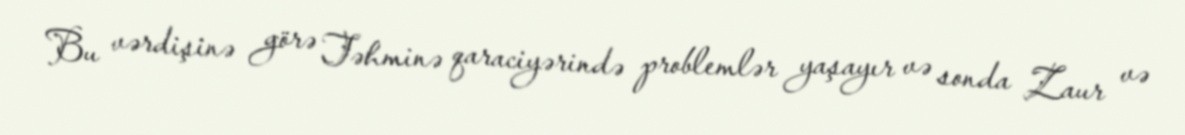
Bu vərdişinə görə Təhminə qaraciyərində problemlər yaşayır və sonda Zaur və